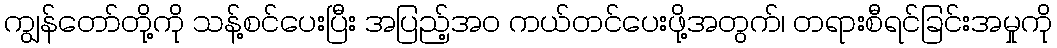
ကျွန်တော်တို့ကို သန့်စင်ပေးပြီး အပြည့်အဝ ကယ်တင်ပေးဖို့အတွက်၊ တရားစီရင်ခြင်းအမှုကို